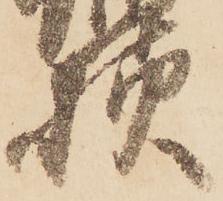
様